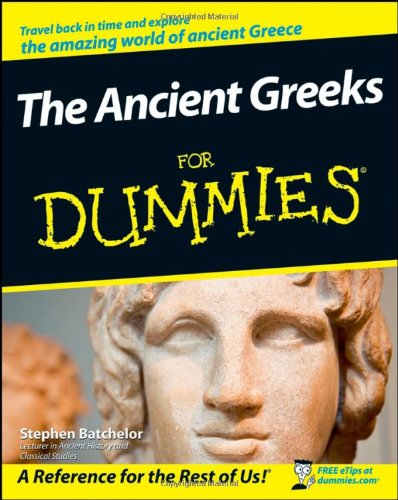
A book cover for The Ancient Greeks For Dummies; Stephen Batchelor; Literature & Fiction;